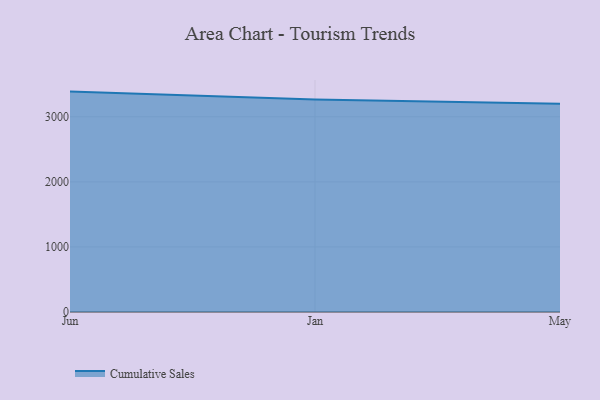
{"axis": {"x": "Month", "y": "Active Users"}, "legend": ["Cumulative Sales"], "data": [{"x": "Jun", "y": 3387.0, "type": "Cumulative Sales"}, {"x": "Jan", "y": 3264.7, "type": "Cumulative Sales"}, {"x": "May", "y": 3198.4, "type": "Cumulative Sales"}]}